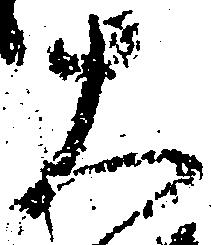
大